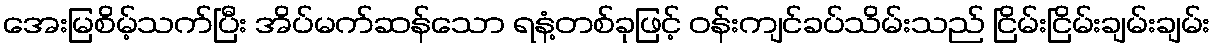
အေးမြစိမ့်သက်ပြီး အိပ်မက်ဆန်သော ရနံ့တစ်ခုဖြင့် ဝန်းကျင်ခပ်သိမ်းသည် ငြိမ်းငြိမ်းချမ်းချမ်း